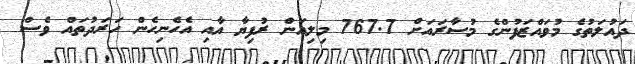
ދައުލަތުގެ މުވައްޒަފުންގެ މުސާރައަށް 767.7 މިލިއަން ރުފިޔާ އާއި އެހެނިހެން ހަރަދުތައް ވެސް